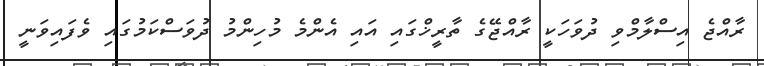
ރާއްޖެ އިސްލާމްވި ދުވަހަކީ ރާއްޖޭގެ ތާރީޚްގައި އައި އެންމެ މުހިންމު ދުވަސްކަމުގައި ވެފައިވަނީ